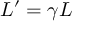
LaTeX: L ^ { \prime } = \gamma L